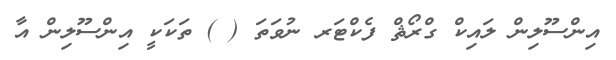
އިންސޫލިން ލައިކް ގްރޯޘް ފެކްޓަރ ނުވަތަ ( ) ތަކަކީ އިންސޫލިން އާ